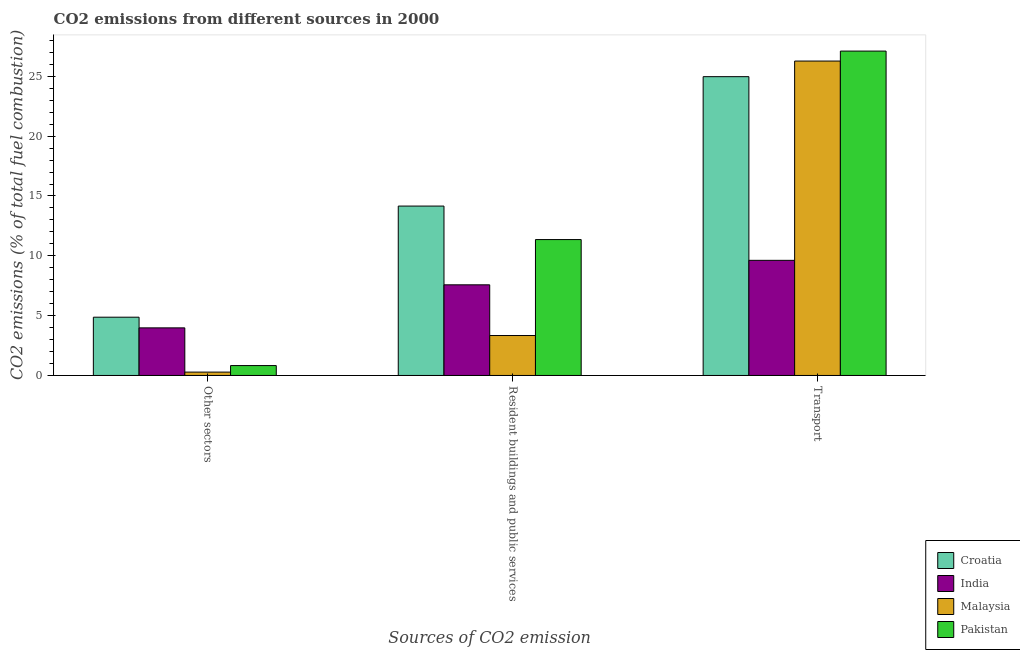
| Sources of CO2 emission | Croatia | India | Malaysia | Pakistan |
 | --- | --- | --- | --- | --- |
 | Other sectors | 4.87 | 3.98 | 0.28 | 0.826 |
 | Resident buildings and public services | 14.2 | 7.58 | 3.34 | 11.4 |
 | Transport | 25 | 9.62 | 26.3 | 27.1 |